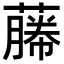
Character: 𬞡